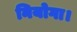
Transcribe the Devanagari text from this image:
नियोगा।